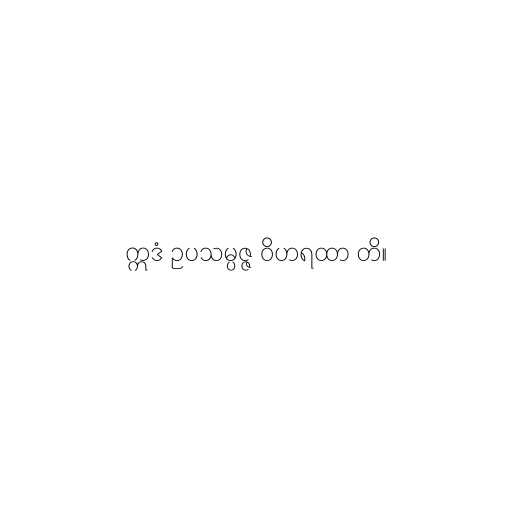
ဣဒံ ဥပသမ္ပဇ္ဇ ဝိဟရထာ တိ။